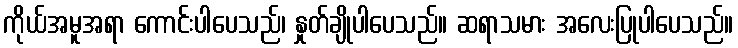
ကိုယ်အမူအရာ ကောင်းပါပေသည်၊ နှုတ်ချိုပါပေသည်။ ဆရာသမား အလေးပြုပါပေသည်။